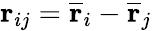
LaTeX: \mathbf{r}_{ij}=\overline{{\mathbf{r}}}_{i}-\overline{{\mathbf{r}}}_{j}